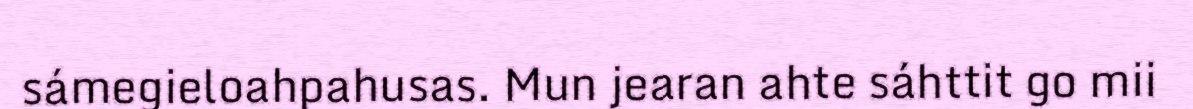
sámegieloahpahusas. Mun jearan ahte sáhttit go mii